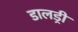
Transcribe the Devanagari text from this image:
डालड्री